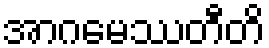
အာဂမေဿတီတိ